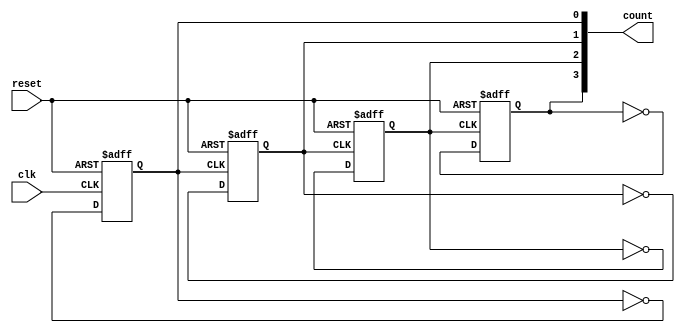
module async_ripple_counter (
    input wire clk,        // Clock input
    input wire reset,      // Asynchronous reset input
    output reg [3:0] count // 4-bit counter output
);

// Flip-flop behavior for the least significant bit (LSB)
always @(posedge clk or posedge reset) begin
    if (reset) begin
        count[0] <= 1'b0; // Reset LSB to 0
    end else begin
        count[0] <= ~count[0]; // Toggle LSB
    end
end

// Flip-flop behavior for the second bit
always @(negedge count[0] or posedge reset) begin
    if (reset) begin
        count[1] <= 1'b0; // Reset second bit to 0
    end else begin
        count[1] <= ~count[1]; // Toggle second bit
    end
end

// Flip-flop behavior for the third bit
always @(negedge count[1] or posedge reset) begin
    if (reset) begin
        count[2] <= 1'b0; // Reset third bit to 0
    end else begin
        count[2] <= ~count[2]; // Toggle third bit
    end
end

// Flip-flop behavior for the most significant bit (MSB)
always @(negedge count[2] or posedge reset) begin
    if (reset) begin
        count[3] <= 1'b0; // Reset MSB to 0
    end else begin
        count[3] <= ~count[3]; // Toggle MSB
    end
end

endmodule